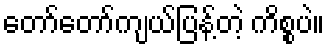
တော်တော်ကျယ်ပြန့်တဲ့ ကိစ္စပဲ။